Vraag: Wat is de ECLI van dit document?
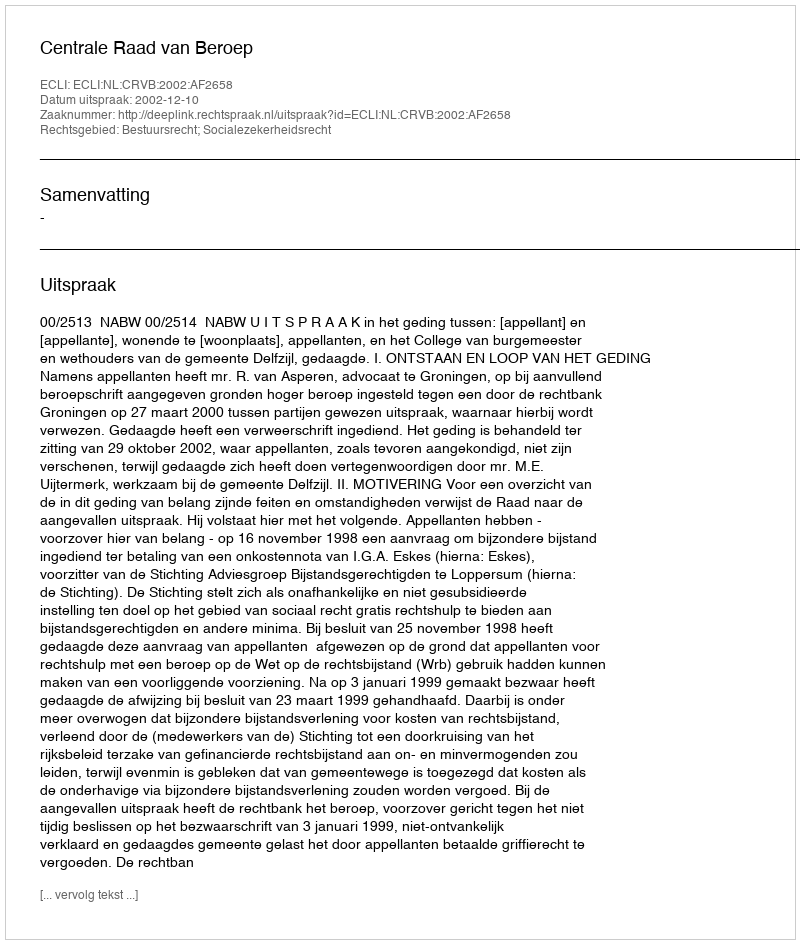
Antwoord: ECLI:NL:CRVB:2002:AF2658